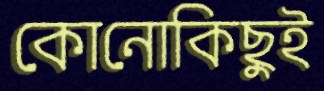
কোনোকিছুই